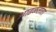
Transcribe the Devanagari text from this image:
आढळताता